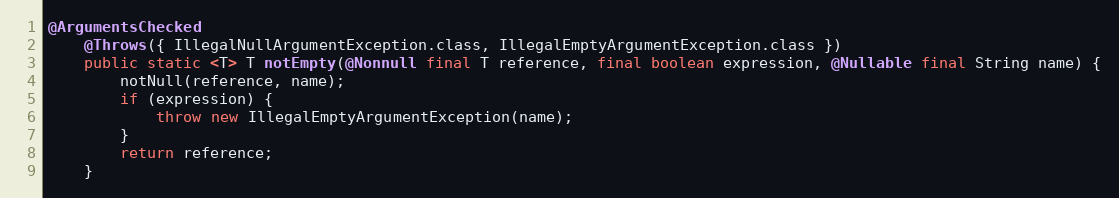
Language: Java
@ArgumentsChecked
	@Throws({ IllegalNullArgumentException.class, IllegalEmptyArgumentException.class })
	public static <T> T notEmpty(@Nonnull final T reference, final boolean expression, @Nullable final String name) {
		notNull(reference, name);
		if (expression) {
			throw new IllegalEmptyArgumentException(name);
		}
		return reference;
	}